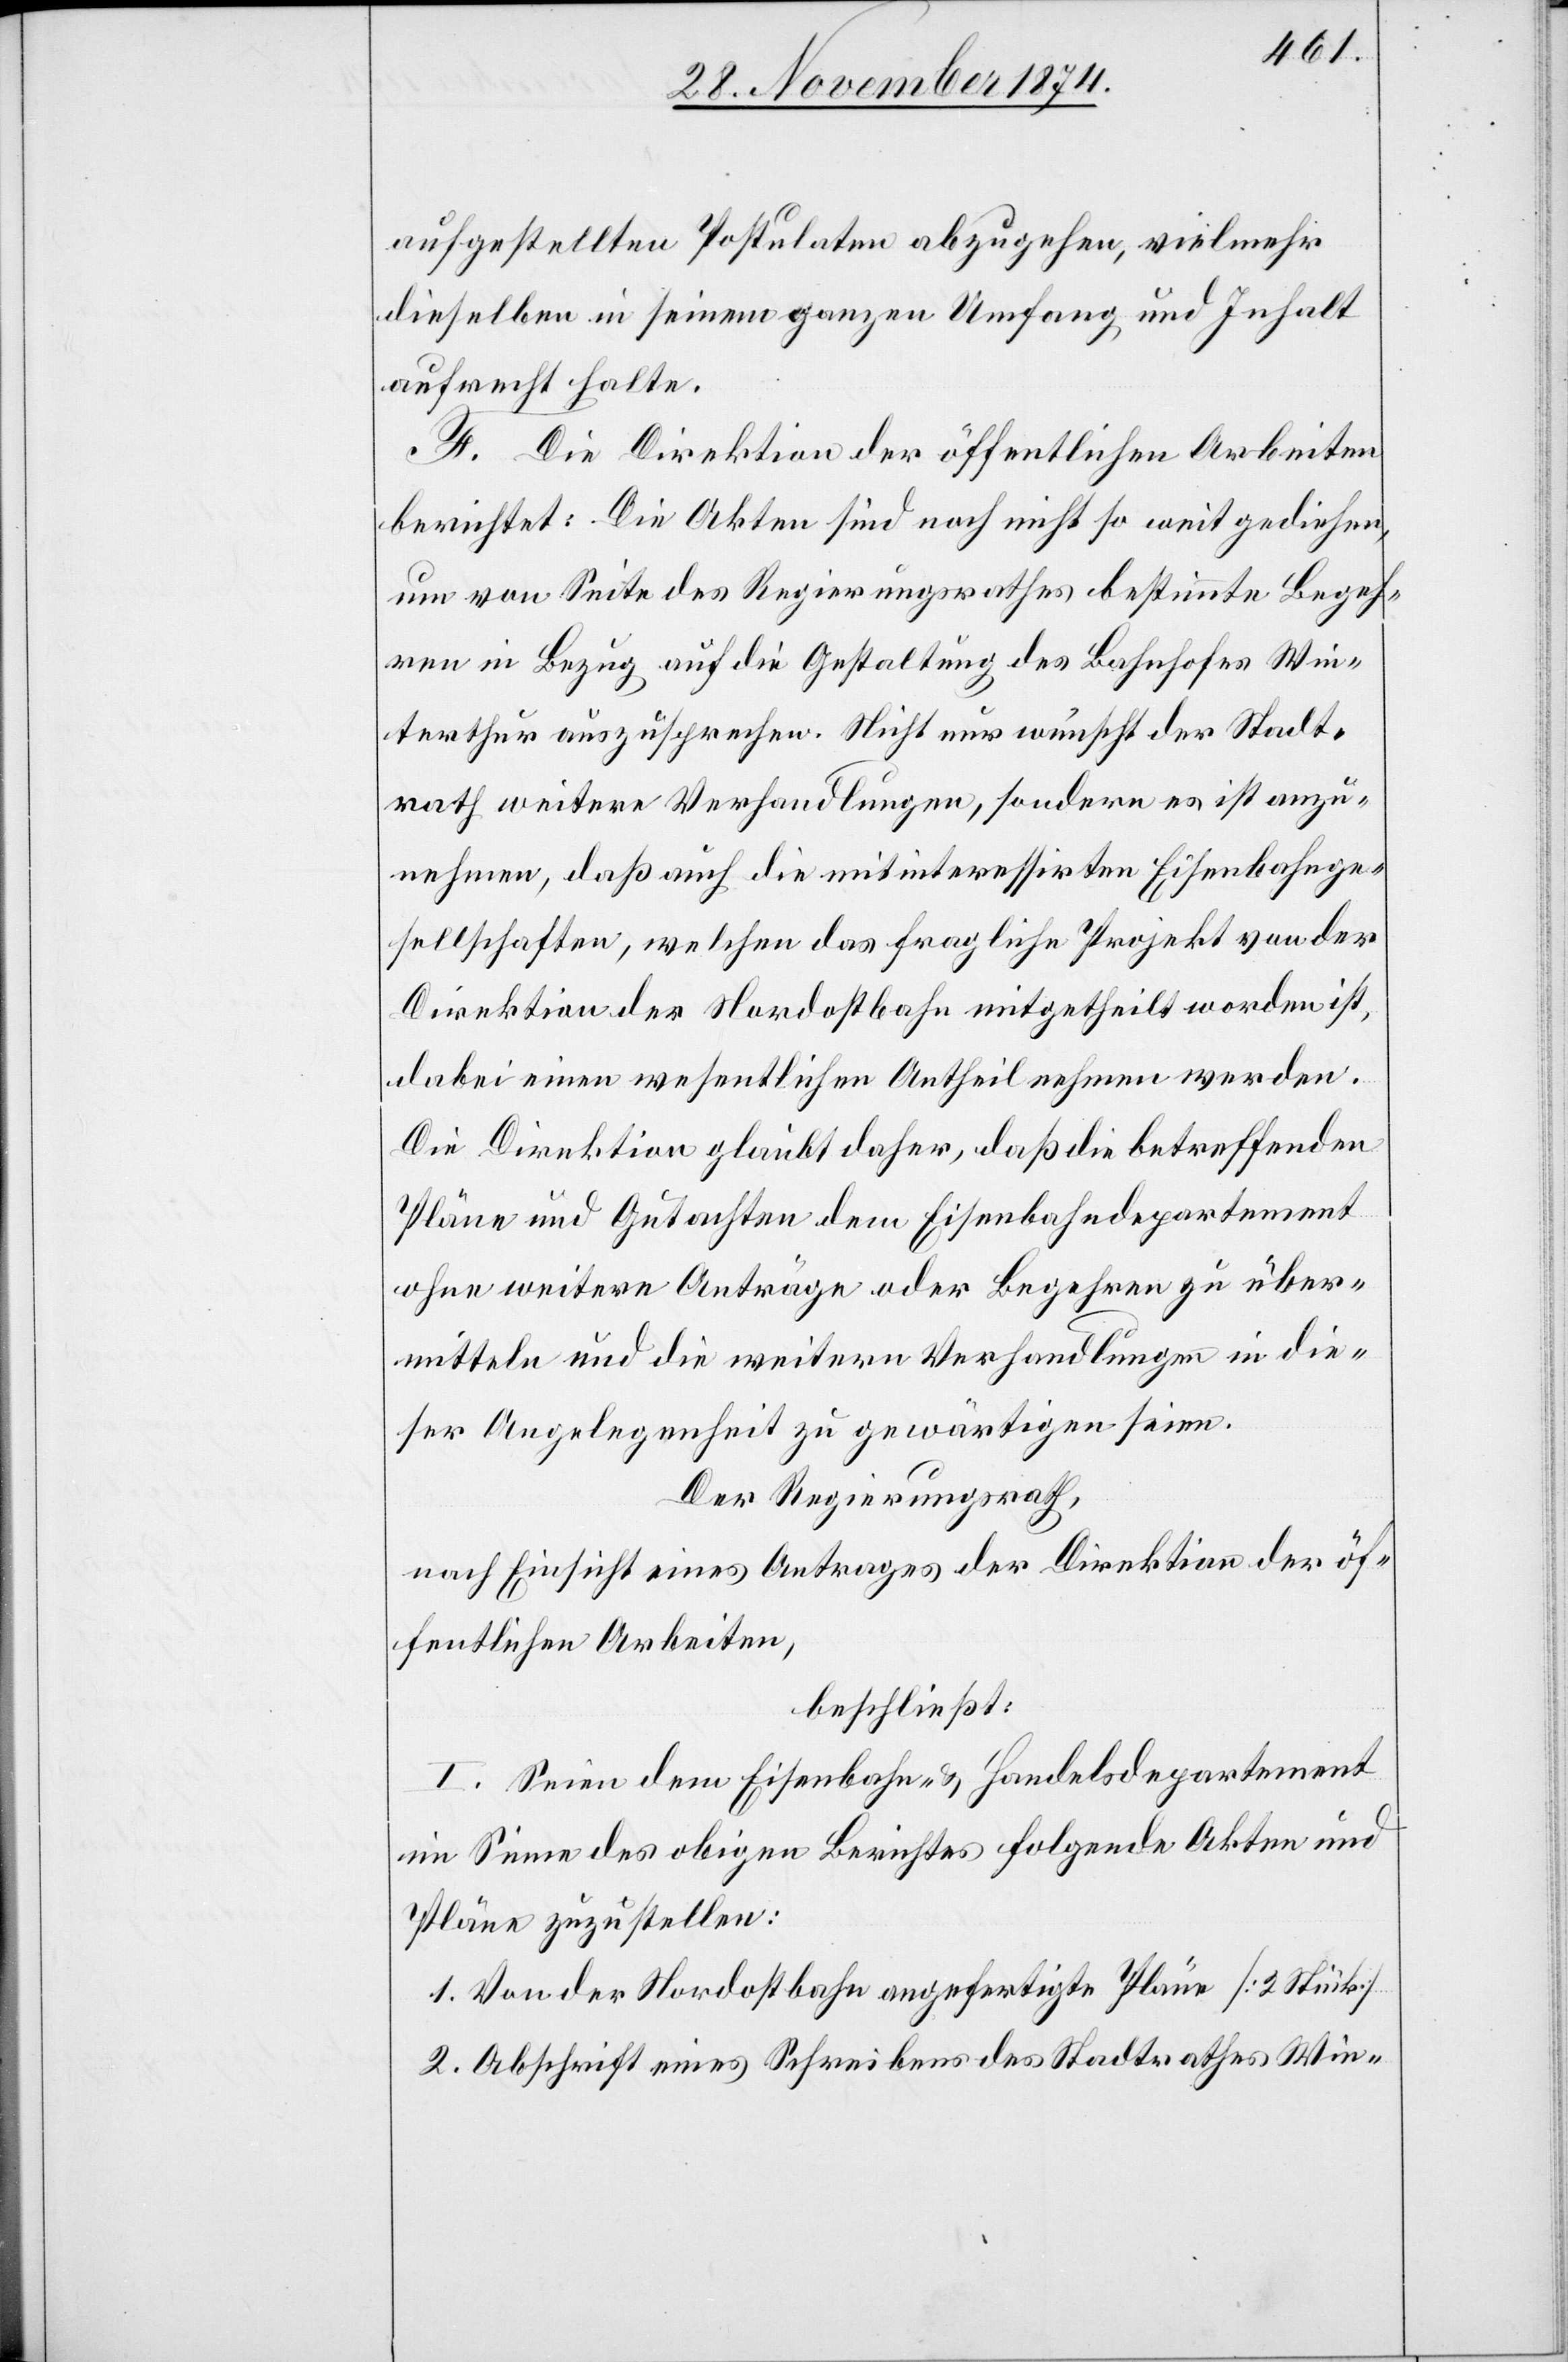
aufgestellten Postulaten abzugehen, vielmehr
dieselben in seinem ganzen Umfang und Inhalt
aufrecht halte.
F. Die Direktion der öffentlichen Arbeiten
berichtet: Die Akten sind noch nicht so weit gediehen,
um von Seite des Regierungsrathes bestimmte Begeh¬
ren in Bezug auf die Gestaltung des Bahnhofes Win¬
terthur auszusprechen. Nicht nur wünscht der Stadt¬
rath weitere Verhandlungen, sondern es ist anzu¬
nehmen, daß auch die mitinteressirten Eisenbahnge¬
sellschaften, welchen das fragliche Projekt von der
Direktion der Nordostbahn mitgehteilt worden ist,
dabei einen wesentlichen Antheil nehmen werden.
Die Direktion glaubt daher, daß die betreffenden
Pläne und Gutachten dem Eisenbahndepartement
ohne weitere Anträge oder Begehren zu über¬
mitteln und die weitern Verhandlungen in die¬
ser Angelegenheit zu gewärtigen seien.
Der Regierungsrath,
nach Einsicht eines Antrages der Direktion der öf¬
fentlichen Arbeiten,
beschließt:
I. Seien dem Eisenbahn- & Handelsdepartement
im Sinne des obigen Berichtes folgende Akten und
Pläne zuzustellen:
1. Von der Nordostbahn angefertigte Pläne [2 Stück]
2. Abschrift eines Schreibens des Stadtrathes Win-